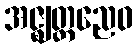
အဇ္ဈတ္တညေဝ